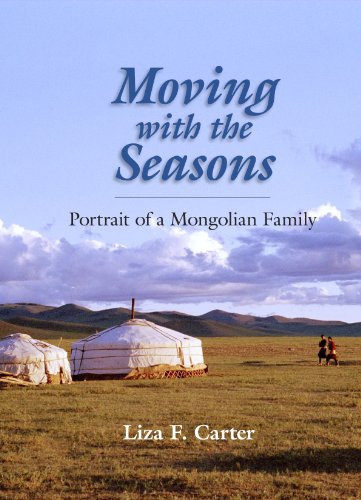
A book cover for Moving with the Seasons: Portrait of a Mongolian Family; Liza F. Carter; Travel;